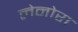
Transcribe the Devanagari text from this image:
लेनोरा